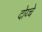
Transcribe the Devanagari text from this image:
दोय्चे